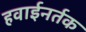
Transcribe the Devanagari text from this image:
हवाईनर्तक